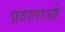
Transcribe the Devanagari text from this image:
प्रदाताओ